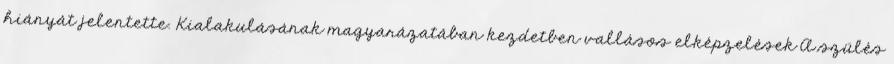
hiányát jelentette. Kialakulásának magyarázatában kezdetben vallásos elképzelések A szülés